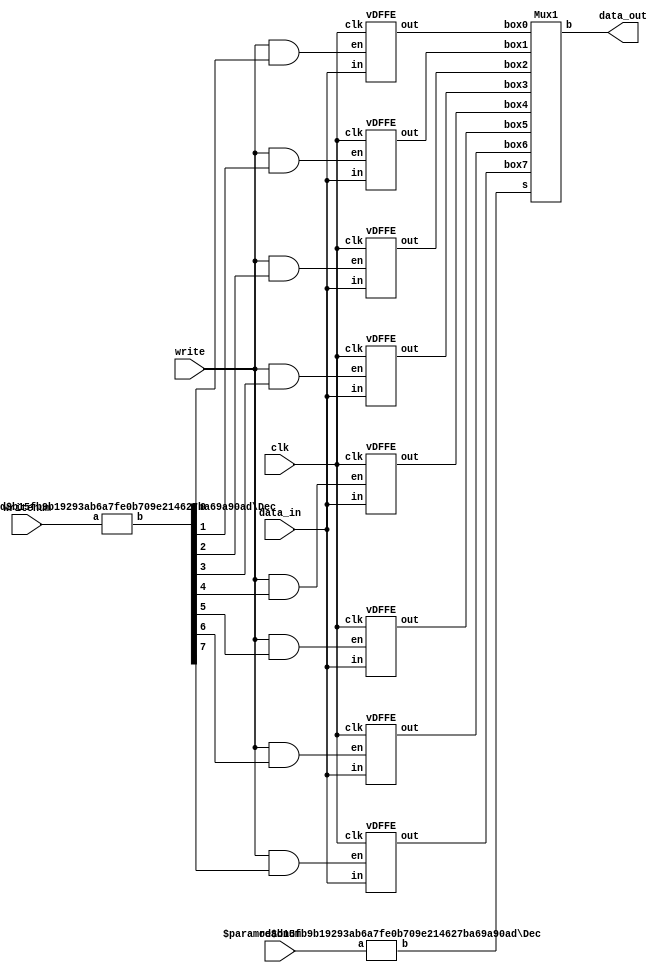
module regfile(data_in,writenum,write,readnum,clk,data_out);
	input [15:0] data_in;
	input [2:0] writenum, readnum;
	input write, clk;
	output [15:0] data_out;


// fill out the rest

//first we need to make a decoder 3:8
    	wire [7:0] decoder_for_input;
	Dec  #(3, 8) done(writenum, decoder_for_input);


//when the write button open, the number of box need to be make sure.

	wire [15:0] R0, R1, R2, R3, R4, R5, R6, R7;
	
	wire [7:0] through_write_button;


	assign through_write_button[0] = write & decoder_for_input[0];
	assign through_write_button[1] = write & decoder_for_input[1];
	assign through_write_button[2] = write & decoder_for_input[2];
	assign through_write_button[3] = write & decoder_for_input[3];
	assign through_write_button[4] = write & decoder_for_input[4];
	assign through_write_button[5] = write & decoder_for_input[5];
	assign through_write_button[6] = write & decoder_for_input[6];
	assign through_write_button[7] = write & decoder_for_input[7];

		
	vDFFE  bo0(clk, through_write_button[0], data_in, R0);
	vDFFE  bo1(clk, through_write_button[1], data_in, R1);
	vDFFE  bo2(clk, through_write_button[2], data_in, R2);
	vDFFE  bo3(clk, through_write_button[3], data_in, R3);
	vDFFE  bo4(clk, through_write_button[4], data_in, R4);
	vDFFE  bo5(clk, through_write_button[5], data_in, R5);
	vDFFE  bo6(clk, through_write_button[6], data_in, R6);
	vDFFE  bo7(clk, through_write_button[7], data_in, R7);




//deal the signal from the readnum. change it from three bit to eight bit to decide which box we need to open
	
	wire [7:0] decoder_for_output;
	Dec  #(3, 8) dtwo(readnum, decoder_for_output);

//box

	Mux1 nitamad(R0, R1, R2, R3, R4, R5, R6, R7, decoder_for_output, data_out);


endmodule




module Dec(a, b);
	parameter n = 3;
	parameter m = 8;

	input  [n-1:0] a;
	output [m-1:0] b;


	wire   [m-1:0]  b = 1 << a;
endmodule





module vDFFE(clk, en, in, out);
  	parameter n = 16;  
  	input clk, en ;
  	input  [n-1:0] in ;
  	output [n-1:0] out ;
 	reg    [n-1:0] out ;
  	wire   [n-1:0] next_out ;

  	assign next_out = en ? in : out;

  	always @(posedge clk)
    		out = next_out;  
endmodule


module Mux1(box0, box1, box2, box3, box4, box5, box6, box7, s, b);
	parameter k = 16;
	input [k - 1:0] box0, box1, box2, box3, box4, box5, box6, box7;
	input [7:0] s;
	output reg [k - 1:0] b;

	always @(*) begin
		case(s)
			8'b00000001: b = box0;
			8'b00000010: b = box1;
			8'b00000100: b = box2;
			8'b00001000: b = box3;
			8'b00010000: b = box4;
			8'b00100000: b = box5;
			8'b01000000: b = box6;
			8'b10000000: b = box7;
			default: b = 16'bxxxxxxxxxxxxxxxx;
		endcase
	end
endmodule